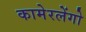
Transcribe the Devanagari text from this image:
कामेरलेंगो